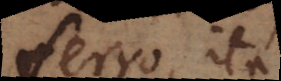
ferro ita